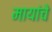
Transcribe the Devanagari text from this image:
मायांचे